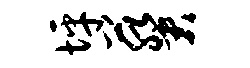
坪葵